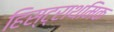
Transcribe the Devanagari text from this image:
हिस्ट्राथमिक